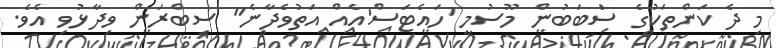
މި ދެ ކަންތަކުގެ ސަބަބުން މޫސުމީ 'ހައެޓަސް'އެއް އަތުވެދާނެ" ސިބްރަން ވިދާޅުވި އެވެ.